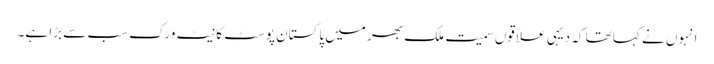
انہوں نے کہا تھا کہ دیہی علاقوں سمیت ملک بھر میں پاکستان پوسٹ کا نیٹ ورک سب سے بڑا ہے۔